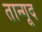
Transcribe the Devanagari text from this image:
तान्गूद